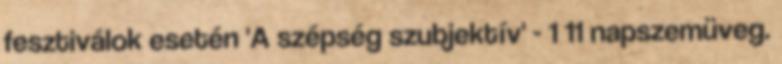
fesztiválok esetén 'A szépség szubjektív' - 1 11 napszemüveg.